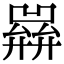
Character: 𢍭